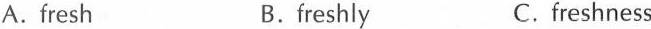
A.fresh B.freshly C. freshness